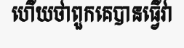
ហើយថាពួកគេបានធ្វើវា